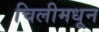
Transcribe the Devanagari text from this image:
चिलीमधून